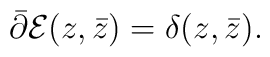
\bar{\partial}{\cal E}(z,\bar{z})=\delta(z,\bar{z}).